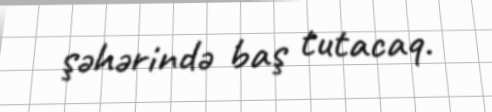
şəhərində baş tutacaq.